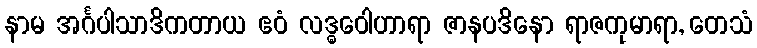
နာမ အင်္ဂပါသာဒိကတာယ ဧဝံ လဒ္ဓဝေါဟာရာ ဇာနပဒိနော ရာဇကုမာရာ, တေသံ